Lunatic asylums Madras 1892-1911 - 1892-1911
Year: 1892
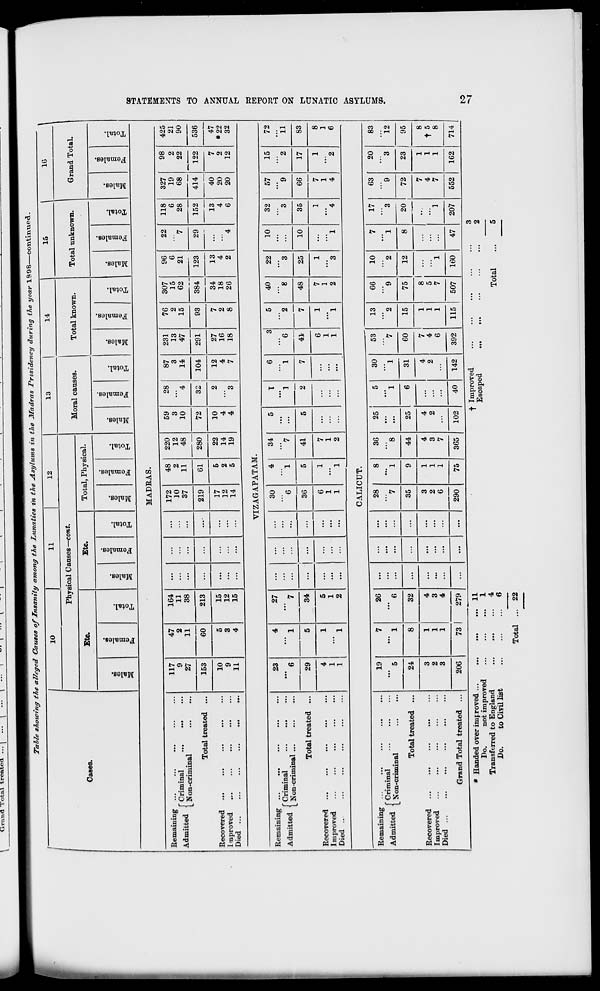
Grand Total trcatoa
Table stowing the alleged Causes of Insanity among the Lunatics in the Asylums in the Madras rresidency during the year 1998—coTitiivue&.
10
11
12
Physical Canses—cont.
Etc.
OB
C
"3
a
CO
.2 "3
B
©
o
EH
Etc.
CO
c
"3
a
m
la
a
o
PH
o
EH
Total, Physical.
m
o
a
0Q
0)
-3
a
ca
■*=
o
EH
13
14
15
Moral canses.
Total known.
co
0
"3
a
00
m
CO
o
ca
CD
ca
a
09
ca
o
09
"3
a
09
f=H
EH
a
fe
o
EH
1G
Total nnknown.
Grand Total.
CO
o
ca
a
CD
CO
"3
a
CO
O
m
CO
CO
IS
3
a
CD
MADRAS.
* Handed over imp roved ...
Do.
not improved
Transferred to England
Do.
to Civil list
... 11
...
1
...
4
...
6
■f Improved
Escaped
3
2
Total
o
EH
Remaining ...
Aj_-i.i A f Criminal
...
...
Admitted I XT
...
L Non-crimmal
Total treated ...
Recovered
Inoproved
1-116(1
•,.
•••
•■•
•••
•••
•••
117
9
27
47
2
11
164
11
38
...
...
...
172
10
37
48
2
11
220
12
48
59
3
10
28
4
87
3
14
231
13
47
76
2
15
307
15
62
384
96
6
21
123
22
""7
118
6
28
327
19
68
414
98
2
22
425
21
90
536
153
60
213
...
...
...•
219
61
280
72
32
104
291
93
29
"4
152
122
10
9
11
5
3
4
15
12
15
...
...
...
17
12
14
5
2
5
22
14
19
10
4
4
2
3
12
4
7
27
16
18
7
2
8
34
18
26
13
4
2
13
4
6
40
20
20
7
2
12
47
*22
32
VIZAGAPATAM.
Remaining ...
»j -u J f Criminal
Admitted [ Kon . criminal
Total treated ...
Recovered
Improved
Died ..
23
"" 6
4
'" 1
27
' 7
...
...
...
30
6
4
' 1
34
""7
5
T
"l
6
1
3
**6
5
"a
40
8
22
3
10
32
3
35
57
9
15
2
72
11
29
5
34
...
...
...
36
5
41
5
2
7
41
7
48
25
10
66
17
83
4
1
1
1
1
5
1
2
...
...
...
6
1
1
1
1
7
1
2
...
...
6
1
1
1
1
7
1
2
1
3
1
1
4
7
1
4
1
2
8
1
6
CALICUT.
Remaining ...
Admitted f°r iminal .
|_Non-cnminal
Total treated ...
Recovered
Improved
Died ...
...
...
•••
...
Grand Total treated ...
19
5
7
'" 1
26
6
...
...
...
28
"*7
8
1
36
**8
25
5
"l
30
1
53
'"7
13
2
66
"9
10
2
7
1
17
3
63
9
20
3
83
12
95
24
8
32
...
...
...
35
9
44
25
6
31
60
15
75
12
8
20
"l
72
23
3
2
3
1
1
1
4
3
4
...
...
...
3
2
6
1
1
1
4
3
7
4
2
4
2
7
4
6
1
1
1
8 I
5
7
1
.:
7
4
7
1
1
1
8
t 5
8
206
73 |
279
...
...
...
290
75
365
102
40
142
392
115
507
160
47
207
552
162
714 1
GO
Hi
fed
s
fed V A
t-3
02
h3
O
>
a
■>»
t-*
fcd
►n
o
O
a
>
H3
h-l
a
H
ft
<=S
00
to
Total ... 22